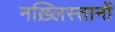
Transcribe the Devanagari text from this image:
नख़्लिस्तानों